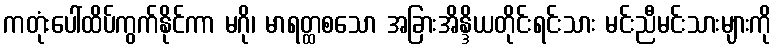
ကတုံးပေါ်ထိပ်ကွက်နိုင်ကာ မဂို၊ မာရတ္ထစသော အခြားအိန္ဒိယတိုင်းရင်းသား မင်းညီမင်းသားများကို